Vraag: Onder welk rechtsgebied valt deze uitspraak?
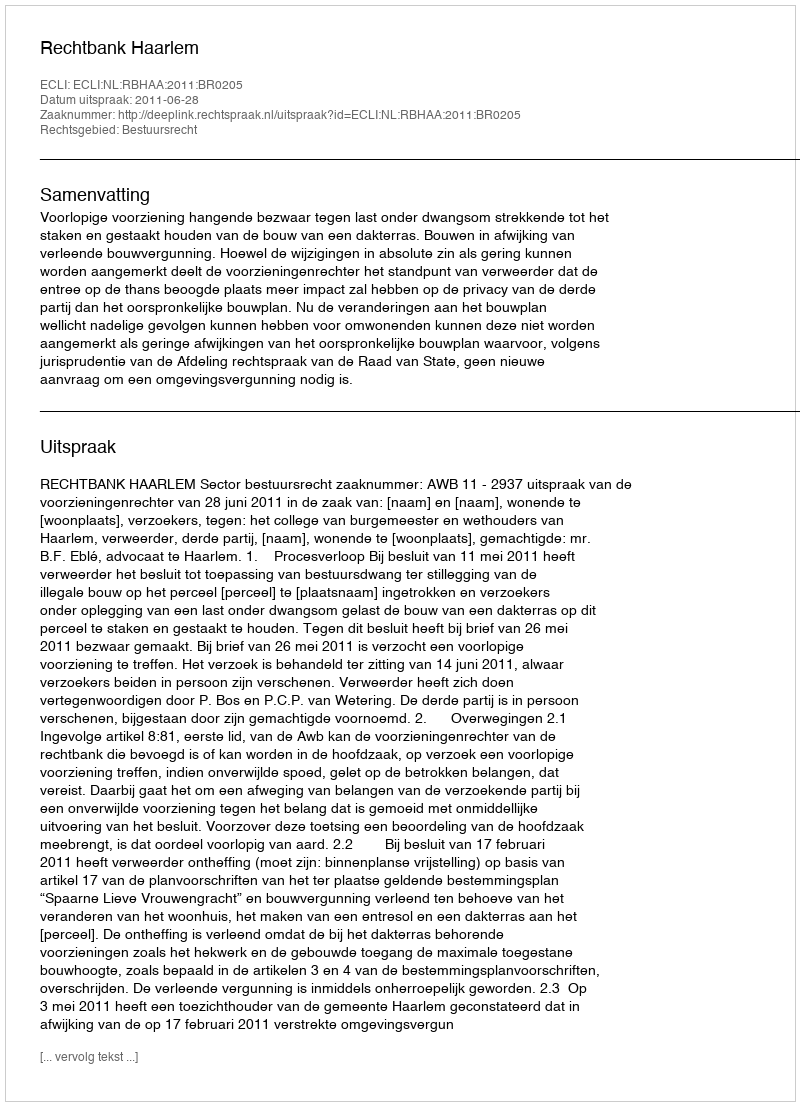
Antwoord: Bestuursrecht